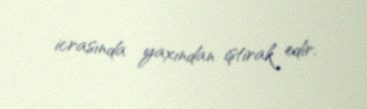
icrasında yaxından iştirak edir.